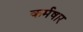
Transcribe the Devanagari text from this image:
कर्मषार